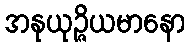
အနုယုဉ္ဇိယမာနော